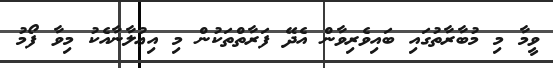
ވީމާ މި މުބާރާތުގައި ބައިވެރިވާން އެދޭ ފަރާތްތަކުން މި އިޢުލާނާއެކު މިވާ ފޯމު